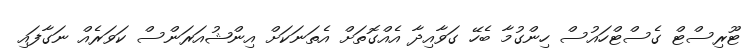
ޓޫރިސްޓް ގެސްޓްހައުސް ހިންގުމާ ބެހޭ ގަވާއިދާ އެއްގޮތަށް އެތަނަކަށް އިންޝުއަރަންސް ކަވަރެއް ނަގާފައި